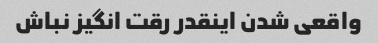
واقعی شدن اینقدر رقت انگیز نباش